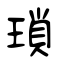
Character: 瑣